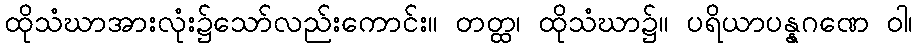
ထိုသံဃာအားလုံး၌သော်လည်းကောင်း။ တတ္ထ၊ ထိုသံဃာ၌။ ပရိယာပန္နဂဏေ ဝါ၊